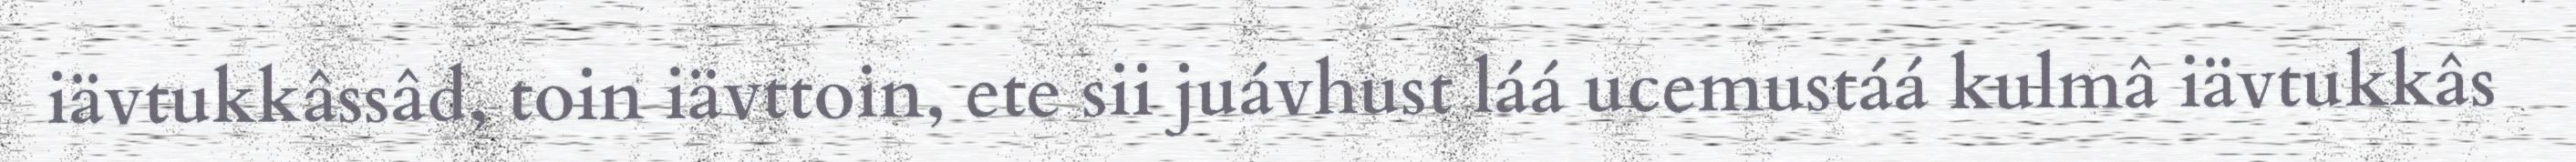
iävtukkâssâd, toin iävttoin, ete sii juávhust láá ucemustáá kulmâ iävtukkâs